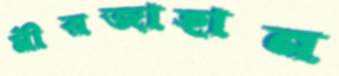
মীরজাহান